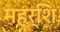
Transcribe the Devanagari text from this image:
महर्शि